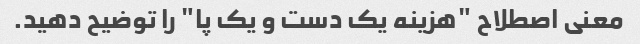
معنی اصطلاح "هزینه یک دست و یک پا" را توضیح دهید.